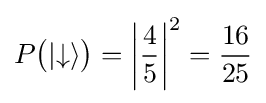
P{\big (}|{\downarrow }\rangle {\big )}=\left|{\frac {4}{5}}\right|^{2}={\frac {16}{25}}